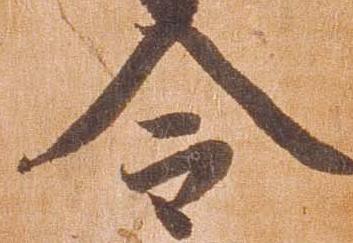
令